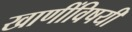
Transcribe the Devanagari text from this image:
खाणींविषयी